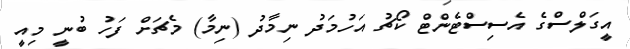
އީގަލްސްގެ އެސިސްޓެންޓް ކޯޗު އަހުމަދު ނިމާދު (ނިމާ) މެޗަށް ފަހު ބުނީ މިއީ